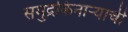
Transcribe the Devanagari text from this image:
समुद्रकिनाऱ्याची